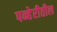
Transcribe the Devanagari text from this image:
पन्हेरीतील